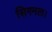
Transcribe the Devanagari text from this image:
सिगनल।